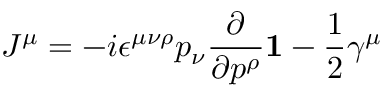
J ^ { \mu } = - i \epsilon ^ { \mu \nu \rho } p _ { \nu } { \frac { \partial } { \partial p ^ { \rho } } } { \bf 1 } - \frac { 1 } { 2 } \gamma ^ { \mu }